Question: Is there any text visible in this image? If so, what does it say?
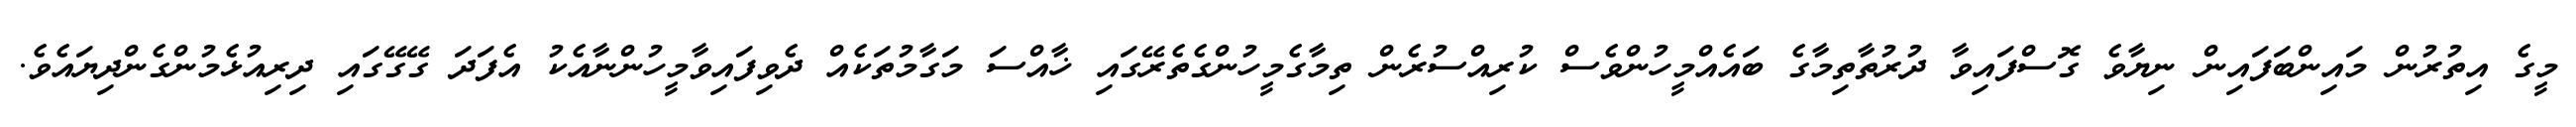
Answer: މީގެ އިތުރުން މައިންބަފައިން ނިޔާވެ ގޮސްފައިވާ ދުރުތާތިމާގެ ބައެއްމީހުންވެސް ކުރިއްސުރެން ތިމާގެމީހުންގެތެރޭގައި ޚާއްސަ މަގާމުތަކެއް ދެވިފައިވާމީހުންނާއެކު އެފަދަ ގޭގޭގައި ދިރިއުޅެމުންގެންދިޔައެވެ.